Report on plague and inoculation in the Punjab from October 1st ... to September 30th..., being the ... season of plague in the province
Disease focus: Plague
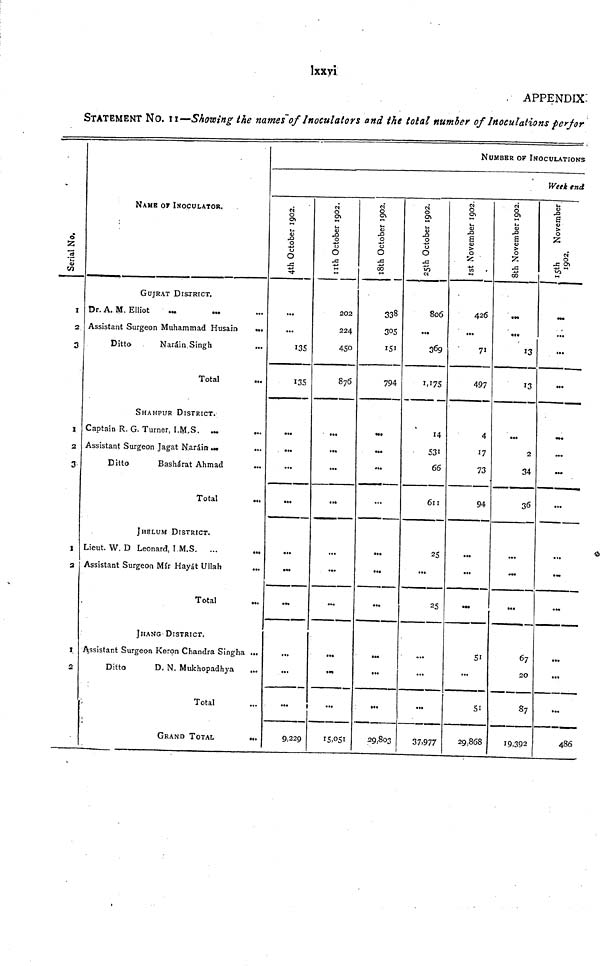
Ixxvi
APPENDIX:
STATEMENT NO. II—Showing the names of Inoculators and the total number of Inoculations perfor
Serial No.
I
2
3
1
2
3
l
2
1
2
NAME or INOCULATOR,
GUJRAT DISTRICT.
Dr. A. M. Elliot
Assistant Surgeon Muhammad Husain
...
Ditto
Narain Singh
Total
SHAHPUR DISTRICT.
Captain R. G. Turner, I.M.S.
Assistant Surgeon Jagat Naráin
Ditto
Basháiat Ahmad
...
Total
JHHLUM DISTRICT.
Lieut. W. D Leonard, I.M.S.
Assistant Surgeon Mir Hayát Ullah
...
Total
JHANG DISTRICT.
Assistant Surgeon Keron Chandra Singha ...
Ditto
D.
N. Mukhopadhya
Total
GRAND TOTAL
...
NUMBER OF INOCULATION'S
Week end
4th October 1902.
...
...
135
135
...
...
...
...
•«•
...
...
9,229
11th
October 1902.
202
224
450
876
...
...
...
...
...
...
...
15,051
18th October 1902.
338
3°5
151
794
...
...
...
...
...
...
29,803
25th October 1902.
806
369
1,175
14
531
66
611
25
...
25
...
...
...
37.977
1st November 1902.
426
...
71
497
4
17
73
94
...
...
51
...
51
29,868
8th November 1902.
13
...
2
34
36
...
...
67
20
87
19,392
15th
November.
1902.
...
...
...
...
...
...
...
...
...
486